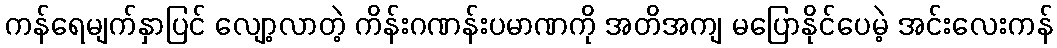
ကန်ရေမျက်နှာပြင် လျော့လာတဲ့ ကိန်းဂဏန်းပမာဏကို အတိအကျ မပြောနိုင်ပေမဲ့ အင်းလေးကန်